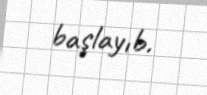
başlayıb.